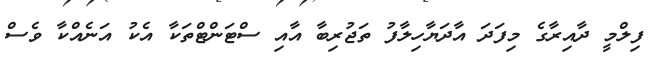
ފިލްމީ ދާއިރާގެ މިފަދަ އާދަޔާހިލާފު ތަޖުރިބާ އާއި ސްޓަންޓްތަކާ އެކު އަނެއްކާ ވެސް